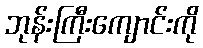
ဘုန်းကြီးကျောင်းကို